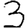
Digit: 3